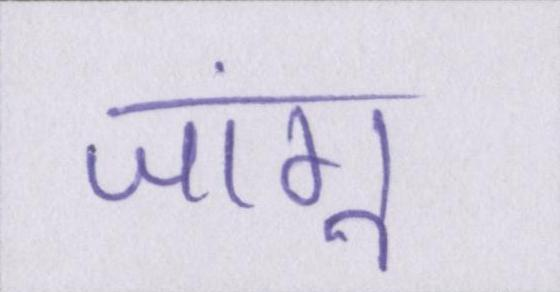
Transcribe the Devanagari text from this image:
जांगू